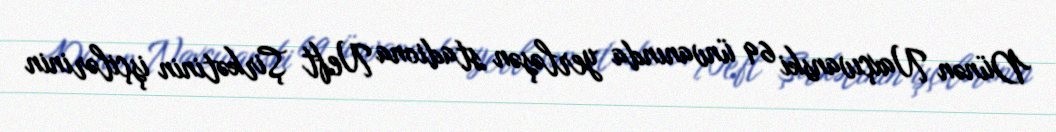
Dünən Naxçıvanski 69 ünvanında yerləşən stadiona Neft Şirkətinin işçilərinin